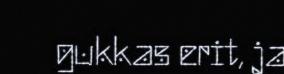
gukkas erit, ja